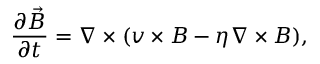
\frac { \partial \vec { B } } { \partial t } = \boldsymbol { \nabla } \times ( \boldsymbol { v } \times \boldsymbol { B } - \eta \boldsymbol { \nabla } \times \boldsymbol { B } ) ,